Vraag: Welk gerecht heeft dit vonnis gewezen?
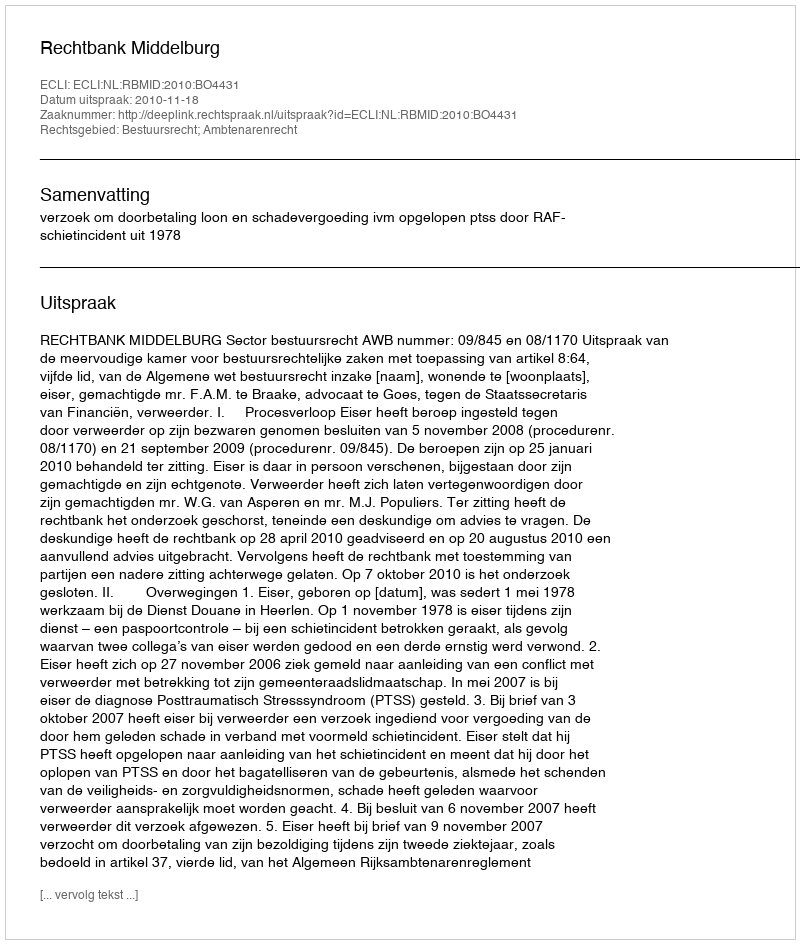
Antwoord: Rechtbank Middelburg